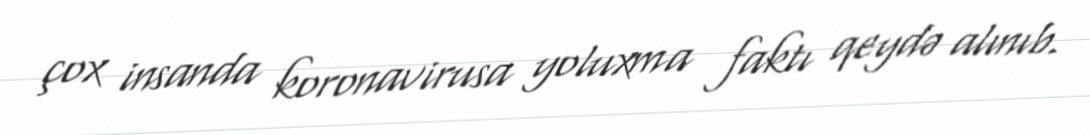
çox insanda koronavirusa yoluxma faktı qeydə alınıb.